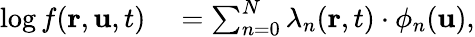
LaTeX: \begin{array}{rl}{\log f(\mathbf{r},\mathbf{u},t)}&{{}=\sum_{n=0}^{N}\lambda_{n}(\mathbf{r},t)\cdot\phi_{n}(\mathbf{u}),}\end{array}